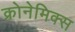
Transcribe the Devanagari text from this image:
क्रोनेमिक्स